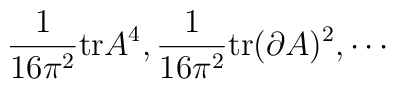
\frac{1}{16 \pi^2} \mbox{tr} A^4, \frac{1}{16 \pi^2} \mbox{tr} (\partial A)^2, \cdots